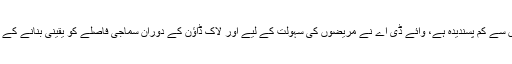
انہوں نے کہا جبکہ یہ خدمت ذاتی طور پر طبی معائنوں سے کم پسندیدہ ہے، وائے ڈی اے نے مریضوں کی سہولت کے لیے اور لاک ڈاؤن کے دوران سماجی فاصلے کو یقینی بنانے کے لیے لیے ہسپتالوں میں ٹیلی میڈیسن کلینک قائم کیے ہیں۔